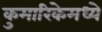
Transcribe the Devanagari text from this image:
कुमारिकेमध्ये